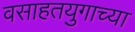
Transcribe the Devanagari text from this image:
वसाहतयुगाच्या